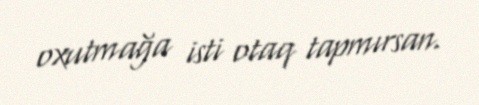
oxutmağa isti otaq tapmırsan.